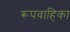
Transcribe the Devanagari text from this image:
रूपवाहिका